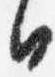
日